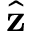
\hat { \mathbf { z } }